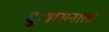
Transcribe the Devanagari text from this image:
दुःषासनाला